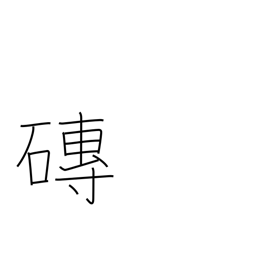
Meaning: tile